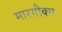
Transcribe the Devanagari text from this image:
मारगौक्स